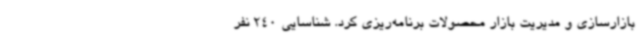
بازارسازی و مدیریت بازار محصولات برنامه‌ریزی کرد. شناسایی 240 نفر